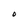
Character: 0